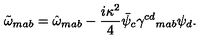
\tilde { \omega } _ { m a b } = \hat { \omega } _ { m a b } - \frac { i \kappa ^ { 2 } } { 4 } \bar { \psi } _ { c } \gamma ^ { c d } { } _ { m a b } \psi _ { d } .